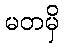
မတမှိ